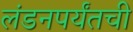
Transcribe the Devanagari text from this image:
लंडनपर्यंतची